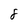
Character: 8